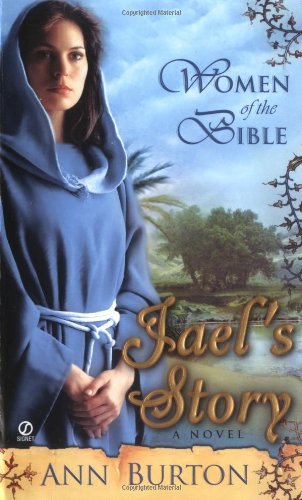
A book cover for Women of the Bible: Jael's Story: A Novel; Ann Burton; Christian Books & Bibles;